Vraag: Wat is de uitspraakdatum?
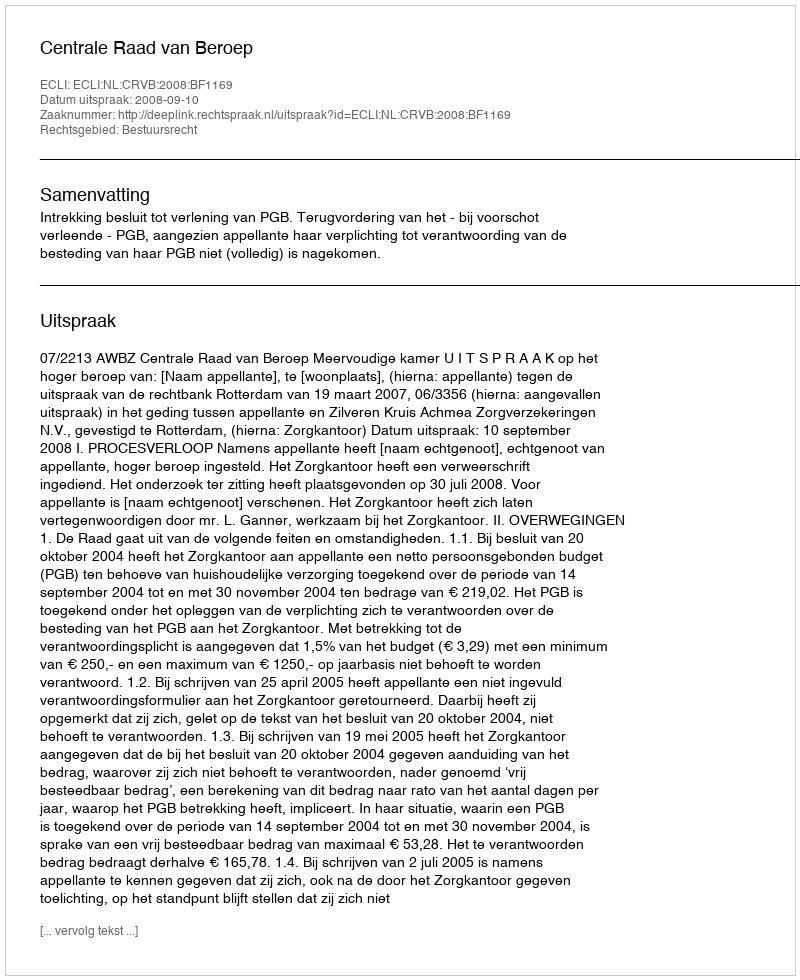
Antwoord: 2008-09-10